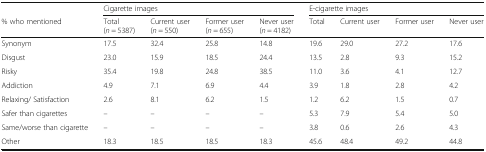
<table><thead><tr><td></td><td colspan="4"><b>Cigarette images</b></td><td colspan="4"><b>E-cigarette images</b></td></tr><tr><td><b>% who mentioned</b></td><td><b>Total(<i>n</i> = 5387)</b></td><td><b>Current user(<i>n</i> = 550)</b></td><td><b>Former user(<i>n</i> = 655)</b></td><td><b>Never user(<i>n</i> = 4182)</b></td><td><b>Total</b></td><td><b>Current user</b></td><td><b>Former user</b></td><td><b>Never user</b></td></tr></thead><tbody><tr><td>Synonym</td><td>17.5</td><td>32.4</td><td>25.8</td><td>14.8</td><td>19.6</td><td>29.0</td><td>27.2</td><td>17.6</td></tr><tr><td>Disgust</td><td>23.0</td><td>15.9</td><td>18.5</td><td>24.4</td><td>13.5</td><td>2.8</td><td>9.3</td><td>15.2</td></tr><tr><td>Risky</td><td>35.4</td><td>19.8</td><td>24.8</td><td>38.5</td><td>11.0</td><td>3.6</td><td>4.1</td><td>12.7</td></tr><tr><td>Addiction</td><td>4.9</td><td>7.1</td><td>6.9</td><td>4.4</td><td>3.9</td><td>1.8</td><td>2.8</td><td>4.2</td></tr><tr><td>Relaxing/ Satisfaction</td><td>2.6</td><td>8.1</td><td>6.2</td><td>1.5</td><td>1.2</td><td>6.2</td><td>1.5</td><td>0.7</td></tr><tr><td>Safer than cigarettes</td><td>–</td><td>–</td><td>–</td><td>–</td><td>5.3</td><td>7.9</td><td>5.4</td><td>5.0</td></tr><tr><td>Same/worse than cigarette</td><td>–</td><td>–</td><td>–</td><td>–</td><td>3.8</td><td>0.6</td><td>2.6</td><td>4.3</td></tr><tr><td>Other</td><td>18.3</td><td>18.5</td><td>18.5</td><td>18.3</td><td>45.6</td><td>48.4</td><td>49.2</td><td>44.8</td></tr></tbody></table>